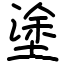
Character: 塗